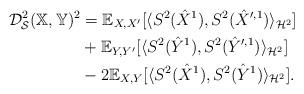
LaTeX: \begin{align*}\mathcal{D}_{\mathcal{S}}^2(\mathbb{X}, \mathbb{Y})^2 &= \mathbb{E}_{X,X^\prime}[\langle S^2(\hat X^1), S^2(\hat X^{\prime,1})\rangle_{\mathcal{H}^2}] \\&+ \mathbb{E}_{Y,Y^\prime}[\langle S^2(\hat Y^1), S^2(\hat Y^{\prime,1}) \rangle_{\mathcal{H}^2}]\\& -2\mathbb{E}_{X,Y}[\langle S^2(\hat X^1), S^2(\hat Y^1)\rangle_{\mathcal{H}^2}].\end{align*}